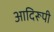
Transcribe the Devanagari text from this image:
आदिरूपी